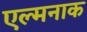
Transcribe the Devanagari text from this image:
एल्मनाक